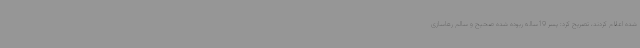
شده اعلام کردند، تصریح کرد: پسر 19ساله ربوده شده صحیح و سالم رهاسازی